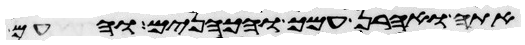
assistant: אתה ואהרן עמך והכהנים והעם